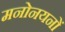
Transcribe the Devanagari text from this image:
मनोनयनों